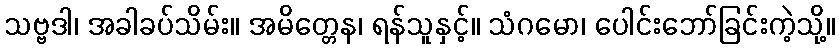
သဗ္ဗဒါ၊ အခါခပ်သိမ်း။ အမိတ္တေန၊ ရန်သူနှင့်။ သံဂမော၊ ပေါင်းဘော်ခြင်းကဲ့သို့။